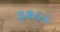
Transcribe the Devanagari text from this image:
३२८८